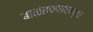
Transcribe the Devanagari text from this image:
बाळंतपणातल्या